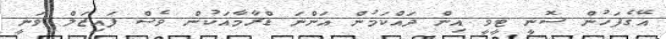
އޭގެފަހުން ސޮނީ ޓީވީ އިން ދައްކަމުން އަންނަ ޑްރާމާއަކުން ވެސް ފައިޒަލް ވަނީ